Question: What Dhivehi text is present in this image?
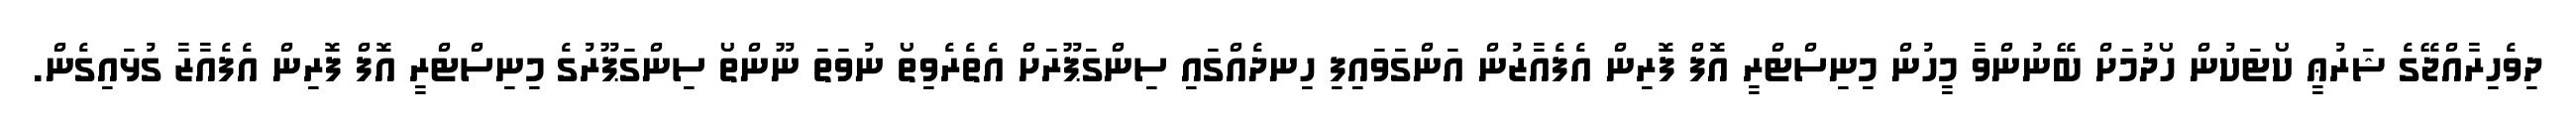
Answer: ދިވެހިރާއްޖޭގެ ޝަރުޢީ ކޯޓަކުން ހޯދުމަށް ބޭނުންވާ މީހުން މިނިސްޓްރީ އޮފް ފޮރިން އެފެއާޒުން އަންގަވައިފި ހިނދެއްގައި ސިންގަޕޫރަށް އެތެރެވިތޯ ނުވަތަ ނޫންތޯ ސިންގަޕޫރުގެ މިނިސްޓްރީ އޮފް ފޮރިން އެފެއާޒާ ގުޅައިގެން.